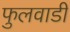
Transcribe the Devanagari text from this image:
फुलवाडी